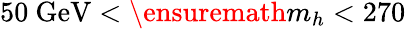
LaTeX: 50\ \mathrm{GeV}<\ensuremath{m_{h}}<270